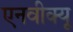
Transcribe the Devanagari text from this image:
एनवीक्यू